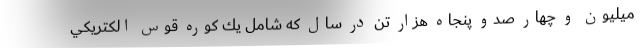
ميليون و چهار صدو پنجاه هزار تن در سال كه شامل يك كوره قوس الكتريكي